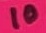
Text: 10